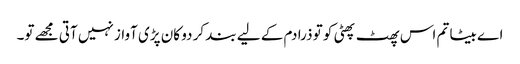
اے بیٹا تم اس پھٹ پھٹی کو تو ذرا دم کے لیے بند کر دو کان پڑی آواز نہیں آتی مجھے تو۔